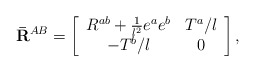
\begin{align*}{\bf \bar{R}}^{AB}=\left[ \begin{array}{cc}R^{ab}+\frac{1}{l^{2}}e^{a}e^{b} & T^{a}/l \\ -T^{b}/l & 0\end{array}\right] , \end{align*}